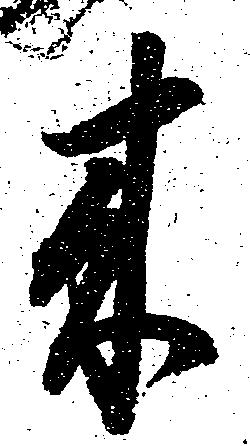
来